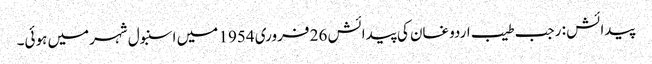
پیدائش : رجب طیب اردوغان کی پیدائش 26 فروری 1954 میں اسنبول شہرمیں ہوئی۔